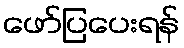
ဖော်ပြပေးရန်